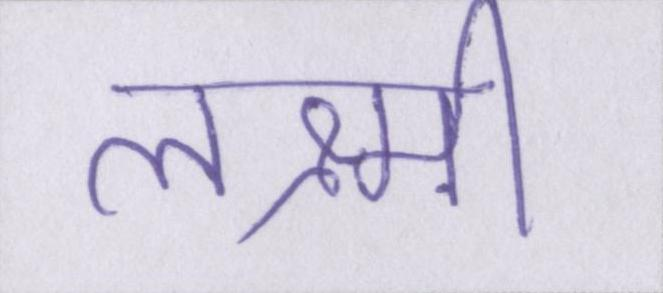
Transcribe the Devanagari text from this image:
लक्ष्मी